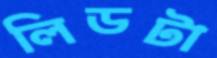
লিডটা